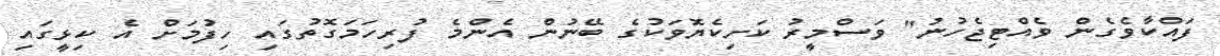
ފައްކާވެގެން ވެއްޓިޖެހުނު" ވަސްމީރު ކަށިކެޔޮވަކުގެ ބޭނުން އެންމެ ފުރިހަމަގޮތުގައި ހިފުމަށް އެ ކިޅީގައި